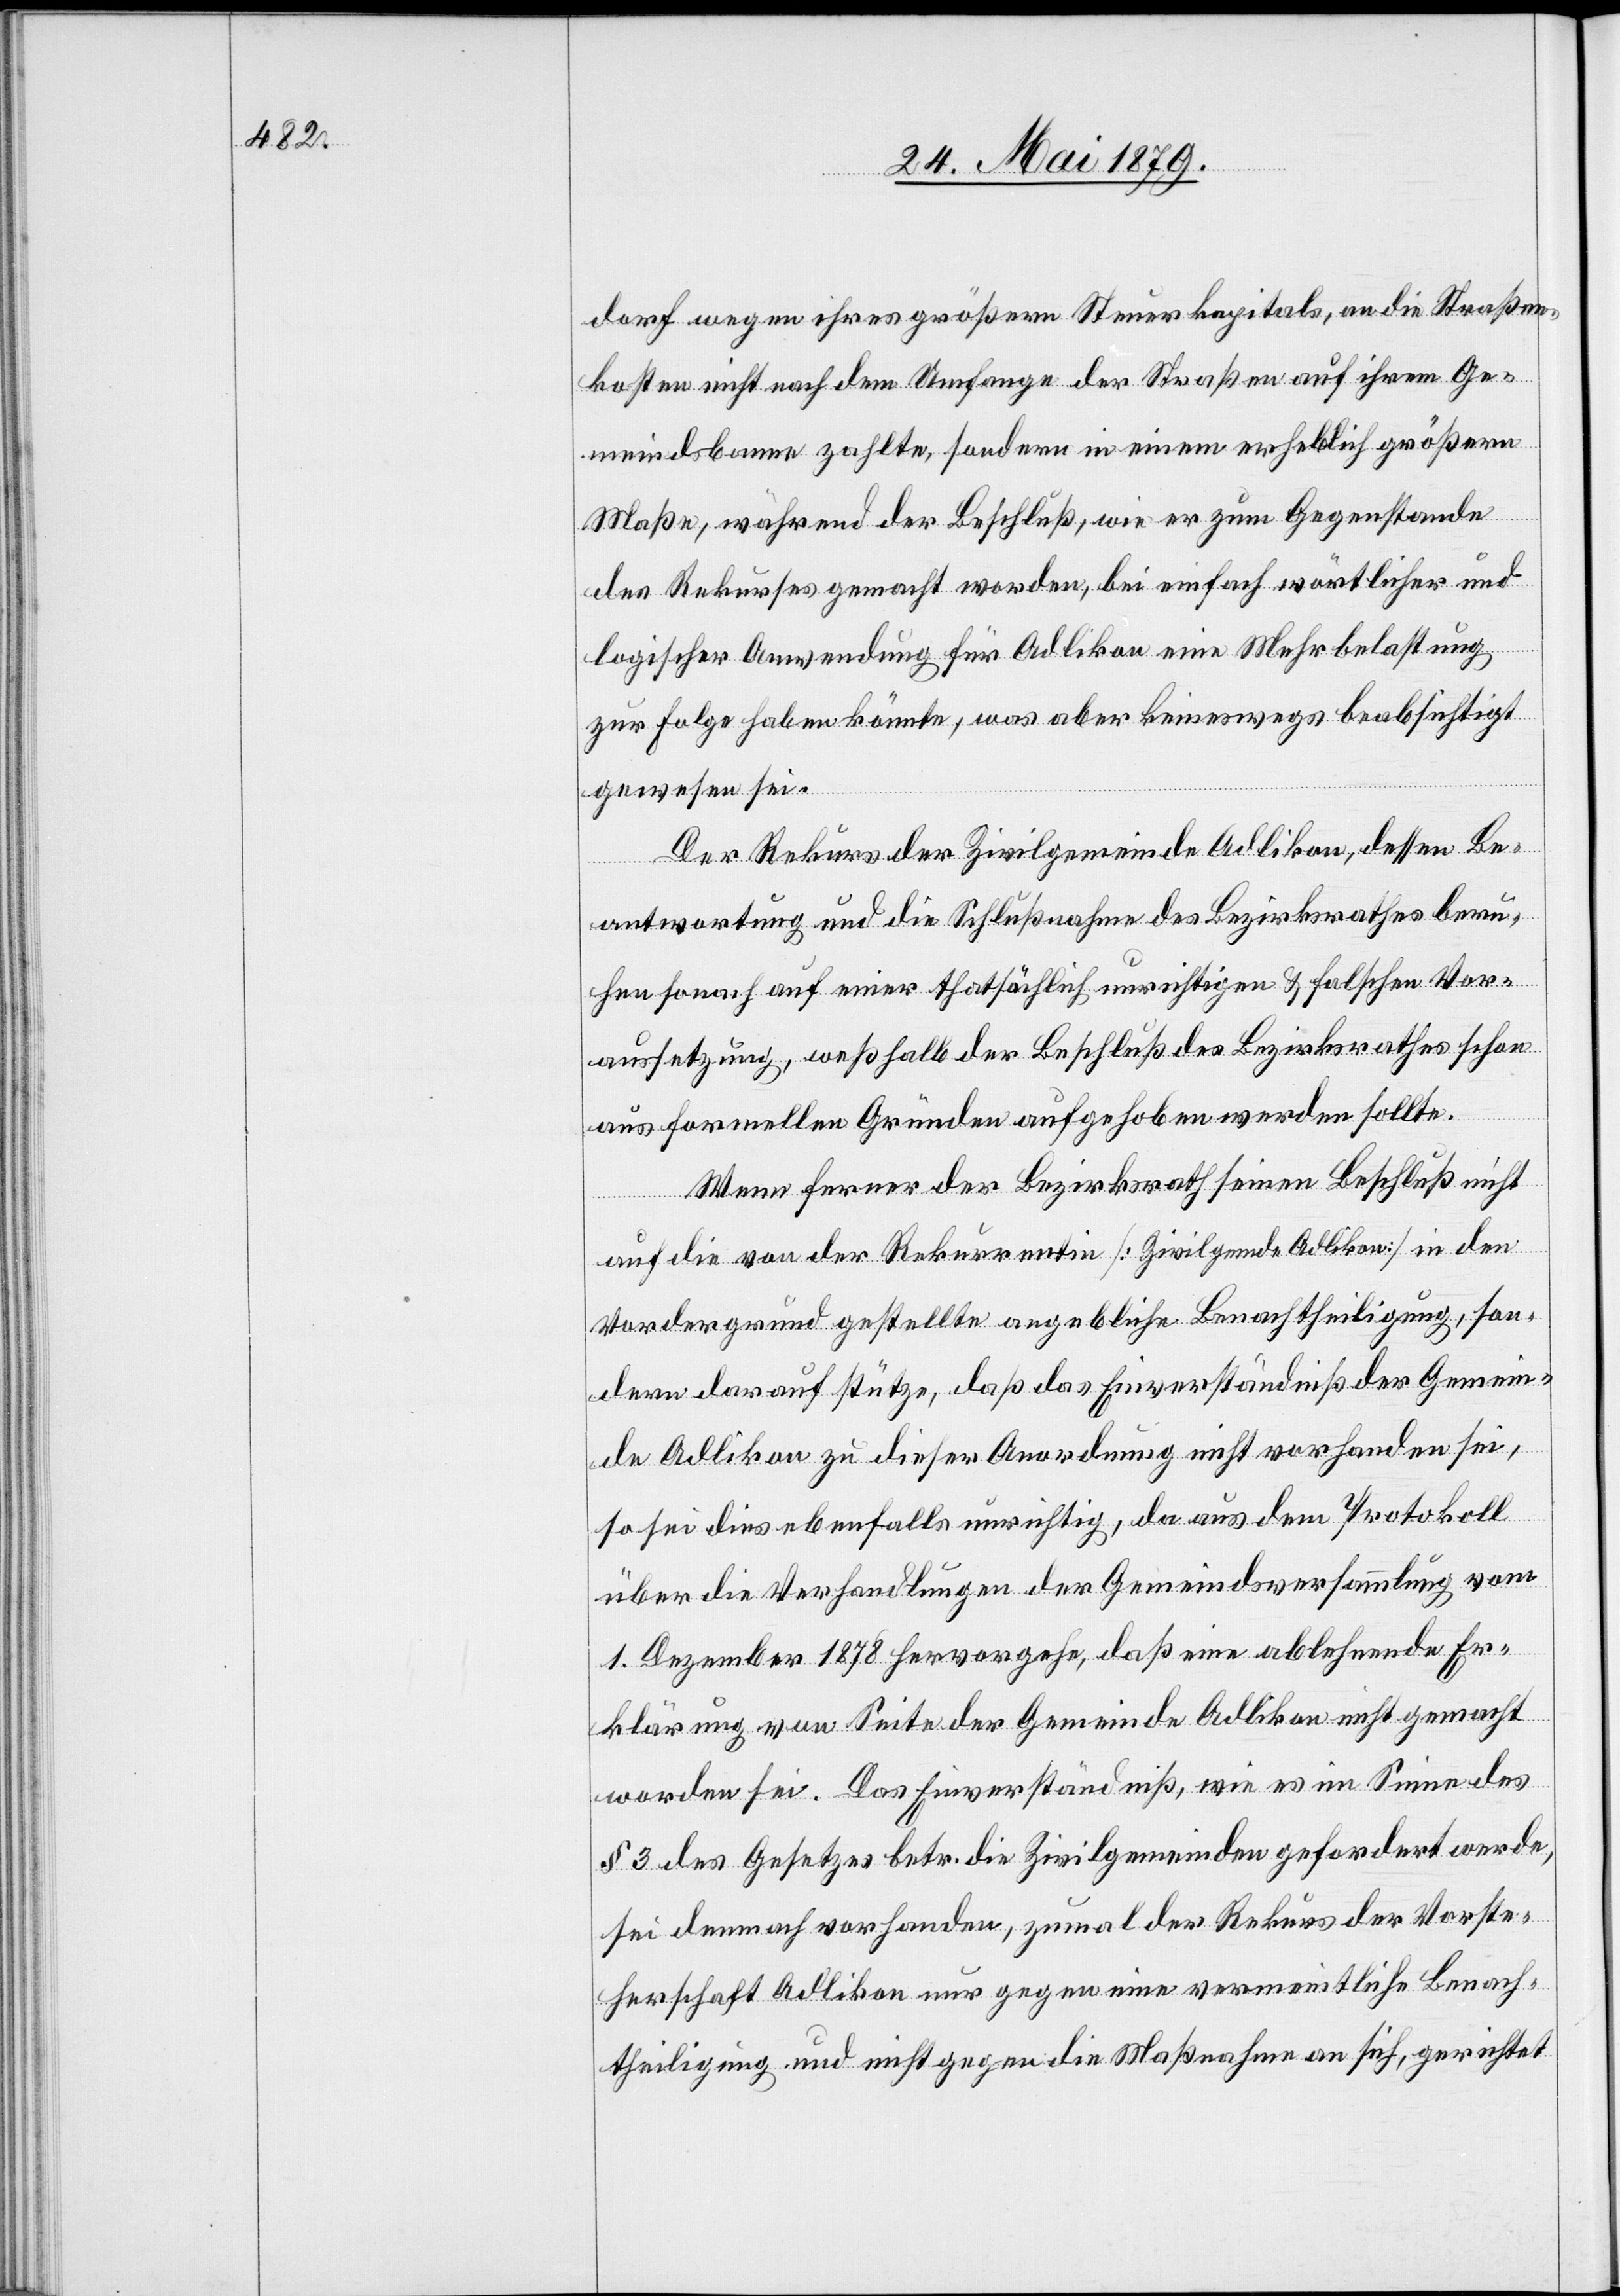
dorf wegen ihres größern Steuerkapitals, an die Straßen¬
kosten nicht nach dem Umfange der Straßen auf ihrem Ge¬
meindsbanne zahlte, sondern in einem erheblich größern
Maße, während der Beschluß, wie er zum Gegenstande
des Rekurses gemacht worden, bei einfach wörtlicher und
logischer Anwendung für Adlikon eine Mehrbelastung
zur Folge haben könnte, was aber keineswegs beabsichtigt
gewesen sei.
Der Rekurs der Zivilgemeinde Adlikon, dessen Be¬
antwortung und die Schlußnahme des Bezirksrathes beru¬
hen sonach auf einer thatsächlich unrichtigen & falschen Vor¬
aussetzung, weßhalb der Beschluß des Bezirksrathes schon
aus formellen Gründen aufgehoben werden sollte.
Wenn ferner der Bezirksrath seinen Beschluß nicht
auf die von der Rekurrentin [Zivilgemde Adlikon] in den
Vordergrund gestellte angebliche Benachtheiligung, son¬
dern darauf stütze, daß das Einverständniß der Gemein¬
de Adlikon zu dieser Anordnung nicht vorhanden sei,
so sei dies ebenfalls unrichtig, da aus dem Protokoll
über die Verhandlungen der Gemeindsversammlung vom
1. Dezember 1878 hervorgehe, daß eine ablehnende Er¬
klärung von Seite der Gemeinde Adlikon nicht gemacht
worden sei. Das Einverständniß, wie es im Sinne des
§ 3 des Gesetzes betr. die Zivilgemeinden gefordert werde,
sei demnach vorhanden, zumal der Rekurs der Vorste¬
herschaft Adlikon nur gegen eine vermeintliche Benach¬
theiligung und nicht gegen die Maßnahme an sich, gerichtet